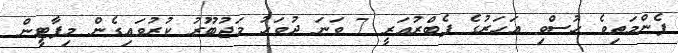
ފެންމަތިވެ ހުސްވި އަހަރުގެ ފެބްރުއަރީ 7 ވަނަ ދުވަހު މަޖުބޫރު ކުރުވައިގެން މިޕާޓީން